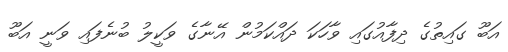
އަބޫ ގައިތުގެ ދިފާއުގައި ވާހަކަ ދައްކަމުން އޭނާގެ ވަކީލު ބުނެފައި ވަނީ އަބޫ